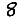
Digit: 8